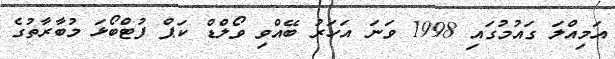
އަމިއްލަ ގައުމުގައި 1998 ވަނަ އަހަރު ބޭއްވި ވޯލްޑް ކަޕް ފުޓްބޯޅަ މުބާރާތުގެ